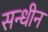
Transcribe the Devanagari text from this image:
सन्धीन